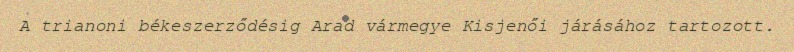
A trianoni békeszerződésig Arad vármegye Kisjenői járásához tartozott.